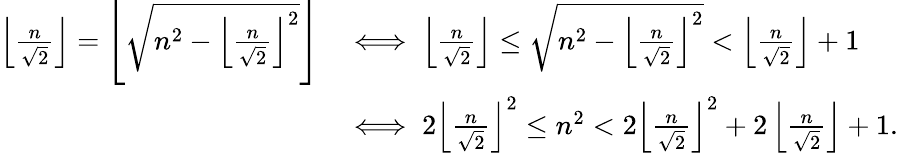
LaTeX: \begin{array}{rl}{\left\lfloor\frac{n}{\sqrt{2}}\right\rfloor=\left\lfloor\sqrt{n^{2}-\left\lfloor\frac{n}{\sqrt{2}}\right\rfloor^{2}}\right\rfloor}&{\iff\left\lfloor\frac{n}{\sqrt{2}}\right\rfloor\leq\sqrt{n^{2}-\left\lfloor\frac{n}{\sqrt{2}}\right\rfloor^{2}}<\left\lfloor\frac{n}{\sqrt{2}}\right\rfloor+1}\\ &{\iff 2\left\lfloor\frac{n}{\sqrt{2}}\right\rfloor^{2}\leq n^{2}<2\left\lfloor\frac{n}{\sqrt{2}}\right\rfloor^{2}+2\left\lfloor\frac{n}{\sqrt{2}}\right\rfloor+1.}\end{array}